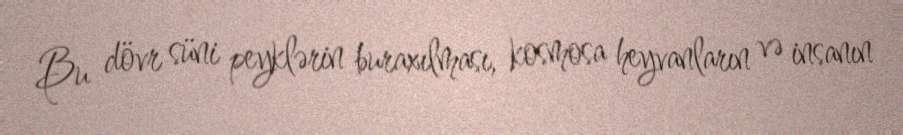
Bu dövr süni peyklərin buraxılması, kosmosa heyvanların və insanın